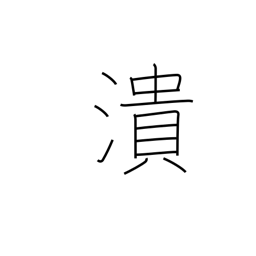
Meaning: crush